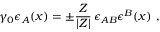
\gamma _ { 0 } \epsilon _ { A } ( x ) = \pm \frac { Z } { | Z | } \, \epsilon _ { A B } \epsilon ^ { B } ( x ) \ ,